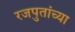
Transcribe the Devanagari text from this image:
रजपुतांच्या